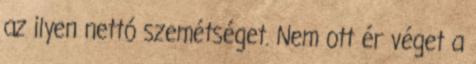
az ilyen nettó szemétséget. Nem ott ér véget a